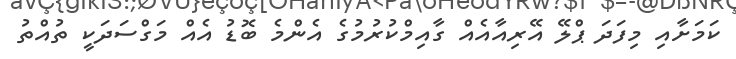
ކަމަށާއި މިފަދަ ޕްލޭ އޭރިއާއެއް ގާއިމްކުރުމުގެ އެންމެ ބޮޑު އެއް މަގްސަދަކީ ތުއްތު